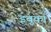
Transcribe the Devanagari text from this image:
इबुका